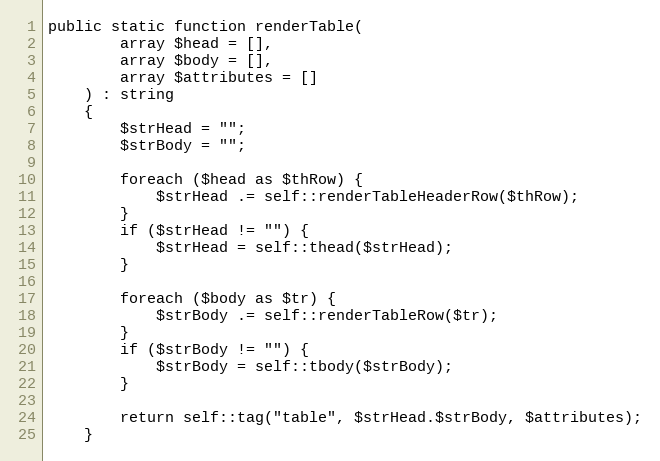
Language: PHP
public static function renderTable(
        array $head = [],
        array $body = [],
        array $attributes = []
    ) : string
    {
        $strHead = "";
        $strBody = "";

        foreach ($head as $thRow) {
            $strHead .= self::renderTableHeaderRow($thRow);
        }
        if ($strHead != "") {
            $strHead = self::thead($strHead);
        }

        foreach ($body as $tr) {
            $strBody .= self::renderTableRow($tr);
        }
        if ($strBody != "") {
            $strBody = self::tbody($strBody);
        }

        return self::tag("table", $strHead.$strBody, $attributes);
    }